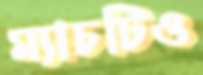
ম্যাচটিও